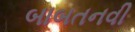
બાબતનવી